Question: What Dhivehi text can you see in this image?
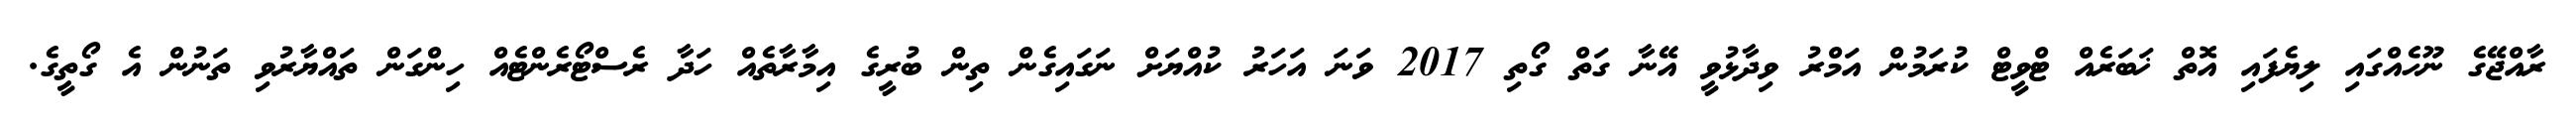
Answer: ރާއްޖޭގެ ނޫހެއްގައި ލިޔެފައި އޮތް ޚަބަރެއް ޓްވީޓް ކުރަމުން އަމްރު ވިދާޅުވީ އޭނާ ގަތް ގޯތި 2017 ވަނަ އަހަރު ކުއްޔަށް ނަގައިގެން ތިން ބުރީގެ އިމާރާތެއް ހަދާ ރެސްޓޯރެންޓެއް ހިންގަން ތައްޔާރުވި ތަނުން އެ ގޯތީގެ.